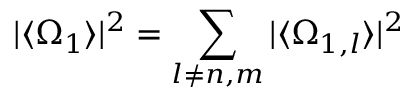
\vert \langle \Omega _ { 1 } \rangle \vert ^ { 2 } = \sum _ { l \neq n , m } \vert \langle \Omega _ { 1 , l } \rangle \vert ^ { 2 }